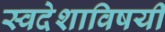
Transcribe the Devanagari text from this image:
स्वदेशाविषयी